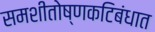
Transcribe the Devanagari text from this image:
समशीतोष्णकटिबंधात